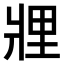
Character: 𤖃